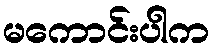
မကောင်းပါက